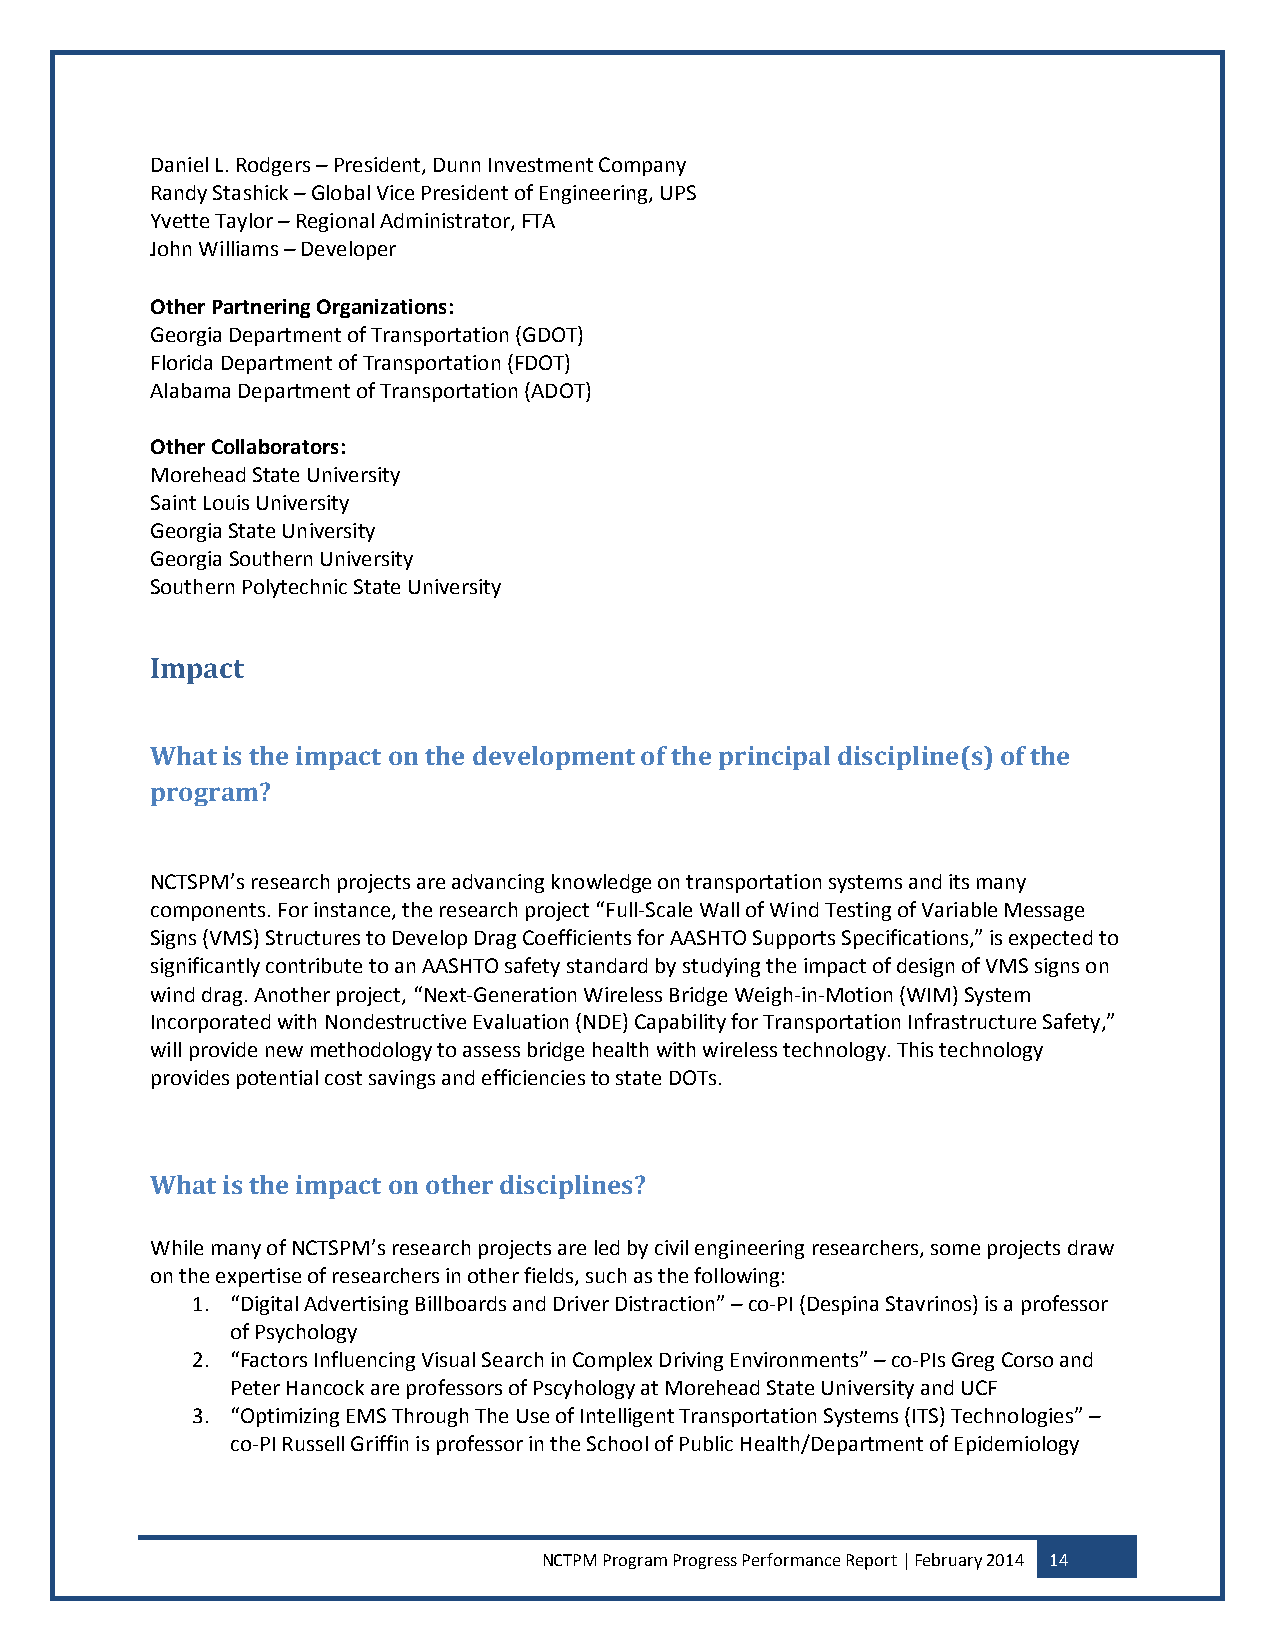
Daniel L. Rodgers – President, Dunn Investment Company
 Randy Stashick – Global Vice President of Engineering, UPS
 Yvette Taylor – Regional Administrator, FTA
 John Williams – Developer
 Other Partnering Organizations:
 Georgia Department of Transportation (GDOT)
 Florida Department of Transportation (FDOT)
 Alabama Department of Transportation (ADOT)
 Other Collaborators:
 Morehead State University
 Saint Louis University
 Georgia State University
 Georgia Southern University
 Southern Polytechnic State University
 Impact
 What is the impact on the development of the principal discipline(s) of the
 program?
 NCTSPM’s research projects are advancing knowledge on transportation systems and its many
 components. For instance, the research project “Full-Scale Wall of Wind Testing of Variable Message
 Signs (VMS) Structures to Develop Drag Coefficients for AASHTO Supports Specifications,” is expected to
 significantly contribute to an AASHTO safety standard by studying the impact of design of VMS signs on
 wind drag. Another project, “Next-Generation Wireless Bridge Weigh-in-Motion (WIM) System
 Incorporated with Nondestructive Evaluation (NDE) Capability for Transportation Infrastructure Safety,”
 will provide new methodology to assess bridge health with wireless technology. This technology
 provides potential cost savings and efficiencies to state DOTs.
 What is the impact on other disciplines?
 While many of NCTSPM’s research projects are led by civil engineering researchers, some projects draw
 on the expertise of researchers in other fields, such as the following:
 1. “Digital Advertising Billboards and Driver Distraction” – co-PI (Despina Stavrinos) is a professor
 of Psychology
 2. “Factors Influencing Visual Search in Complex Driving Environments” – co-PIs Greg Corso and
 Peter Hancock are professors of Pscyhology at Morehead State University and UCF
 3. “Optimizing EMS Through The Use of Intelligent Transportation Systems (ITS) Technologies” –
 co-PI Russell Griffin is professor in the School of Public Health/Department of Epidemiology
 NCTPM Program Progress Performance Report | February 2014 14